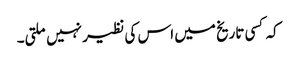
کہ کسی تاریخ میں اس کی نظیر نہیں ملتی۔